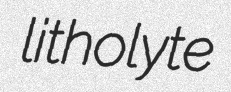
litholyte